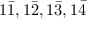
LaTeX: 1 { \bar { 1 } } , 1 { \bar { 2 } } , 1 { \bar { 3 } } , 1 { \bar { 4 } }